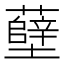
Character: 𫊎